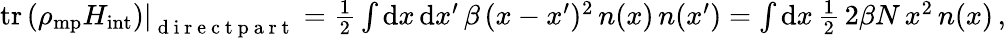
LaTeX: \begin{array}{r}{\left.\mathrm{tr}\left(\rho_{\mathrm{mp}}H_{\mathrm{int}}\right)\right|_{\mathrm{~d~i~r~e~c~t~p~a~r~t~}}=\frac 12\int\mathrm{d}x\, \mathrm{d}x^{\prime}\, \beta\, (x-x^{\prime})^{2}\, n(x)\, n(x^{\prime})=\int\mathrm{d}x\, \frac 12\, 2\beta N\, x^{2}\, n(x)\, ,}\end{array}